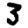
Digit: 3